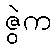
ဇွဲက